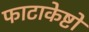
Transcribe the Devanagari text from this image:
फाटाकेष्टो